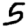
Digit: 5